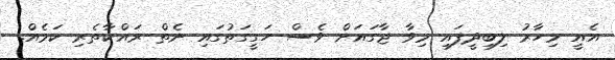
އެއީ މިހާރު ލިބިދީފައި މިވާ ޖާގައަށް ވެސް ހަގީގަތުގައި ނެތް ރައްކާތެރި ކަމެއް.